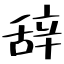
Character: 辞